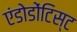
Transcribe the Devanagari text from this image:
एंडोडोंटिस्ट